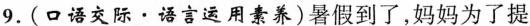
9.(口语交际·语言运用素养)暑假到了，妈妈为了提